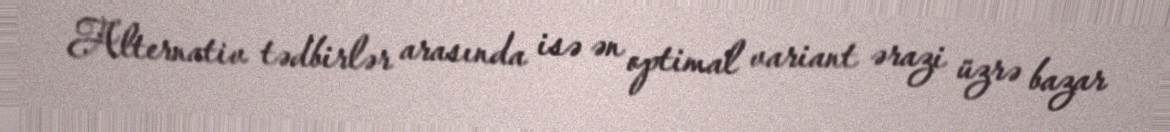
Alternativ tədbirlər arasında isə ən optimal variant ərazi üzrə bazar